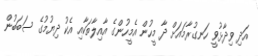
އަދި ވިދާޅުވީ ހަނގުރާމައަށް ދާ މީހުން އެމީހުންގެ އާއިލާތަކާއި އެކު ދިޔުމުގެ ސަބަބުން